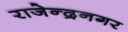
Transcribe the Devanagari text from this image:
राजेन्द्रनगर